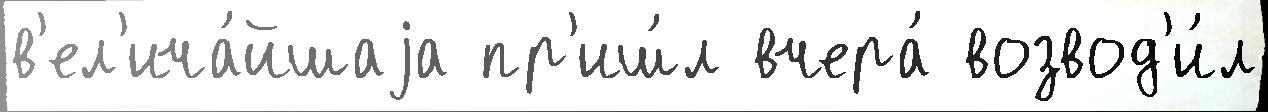
в'ел'ича́йшаjа пр'иш́л вчера́ возвод'и́л